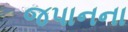
જપાનના